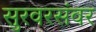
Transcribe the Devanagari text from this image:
सुरवरसंवर